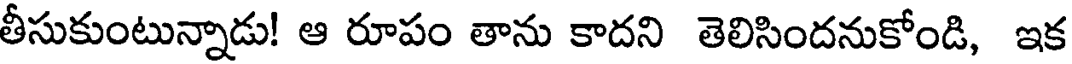
తీసుకుంటున్నాడు! ఆ రూపం తాను కాదని తెలిసిందనుకోండి, ఇక